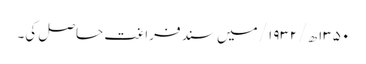
۱۳۵۰ھ/ ۱۹۳۲/ میں سند فراغت حاصل کی۔